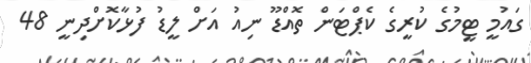
ގައުމީ ޓީމުގެ ކުރީގެ ކެޕްޓަން ތޮއްޑޫ ނިއު އަށް ލީޑު ފުޅާކޮށްދިނީ 48